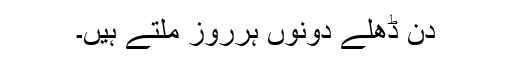
دن ڈھلے دونوں ہرروز ملتے ہیں۔